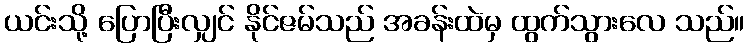
ယင်းသို့ ပြောပြီးလျှင် နိုင်ဇမ်သည် အခန်းထဲမှ ထွက်သွားလေ သည်။